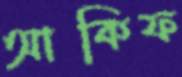
আকিফ